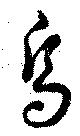
烏